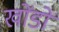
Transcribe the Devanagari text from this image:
खोंडों